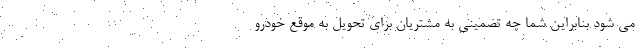
می شود بنابراین شما چه تضمینی به مشتریان برای تحویل به موقع خودرو